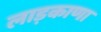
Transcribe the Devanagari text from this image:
लाड़काणा